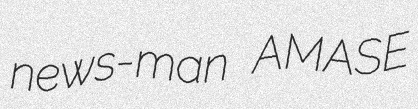
news-man AMASE